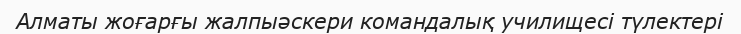
Алматы жоғарғы жалпыәскери командалық училищесі түлектері